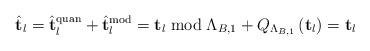
\begin{align*}\hat{\mathbf{t}}_{l}=\hat{\mathbf{t}}_{l}^{\textrm{quan}}+\hat{\mathbf{t}}_{l}^{\textrm{mod}}=\mathbf{t}_{l}\bmod\Lambda_{B,1}+Q_{\Lambda_{B,1}}\left(\mathbf{t}_{l}\right)=\mathbf{t}_{l}\end{align*}